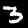
Label: 3